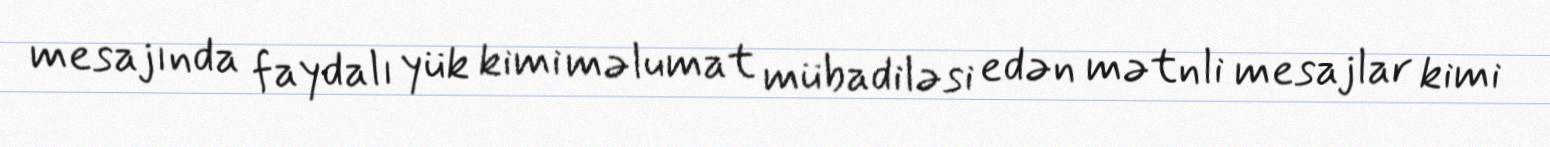
mesajında faydalı yük kimi məlumat mübadiləsi edən mətnli mesajlar kimi